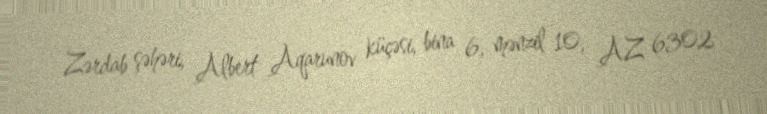
Zərdab şəhəri, Albert Aqarunov küçəsi, bina 6, mənzil 10, AZ 6302